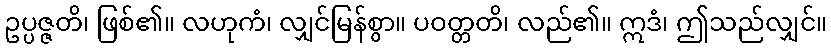
ဥပ္ပဇ္ဇတိ၊ ဖြစ်၏။ လဟုကံ၊ လျှင်မြန်စွာ။ ပဝတ္တတိ၊ လည်၏။ ဣဒံ၊ ဤသည်လျှင်။